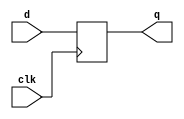
`timescale 1ns / 1ps
//////////////////////////////////////////////////////////////////////////////////
// Company: 
// Engineer: 
// 
// Design Name: 
// Module Name:    d_ff 
// Project Name: 
// Target Devices: 
// Tool versions: 
// Description: 
//
// Dependencies: 
//
// Revision: 
// Revision 0.01 - File Created
// Additional Comments: 
//
//////////////////////////////////////////////////////////////////////////////////
  module d_ff
  (
    input wire clk,
    input wire d ,
    output reg q
   );
  // body
   always @(posedge clk)
     q <= d;

   endmodule